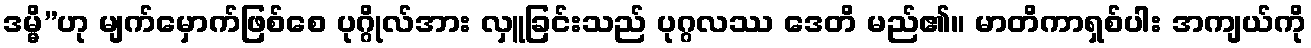
ဒမ္မိ”ဟု မျက်မှောက်ဖြစ်စေ ပုဂ္ဂိုလ်အား လှူခြင်းသည် ပုဂ္ဂလဿ ဒေတိ မည်၏။ မာတိကာရှစ်ပါး အကျယ်ကို